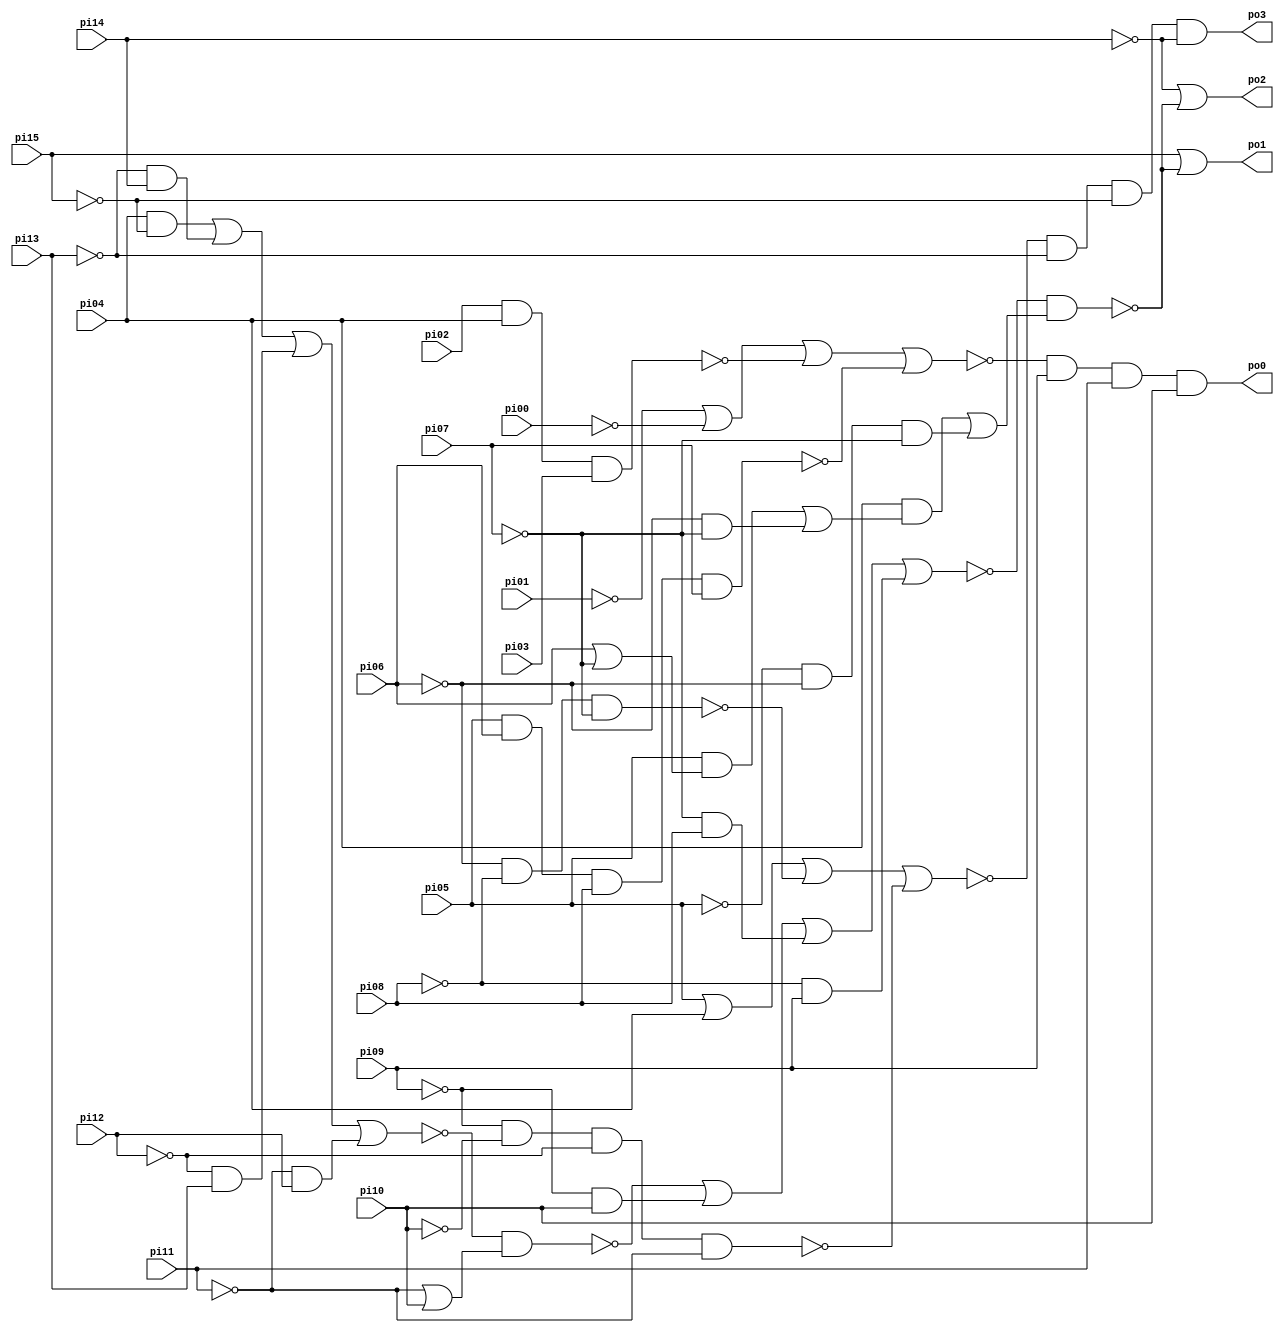
// Benchmark "cmb" written by ABC on Thu Mar 19 13:02:36 2020

module cmb ( 
    pi00, pi01, pi02, pi03, pi04, pi05, pi06, pi07, pi08, pi09, pi10, pi11,
    pi12, pi13, pi14, pi15,
    po0, po1, po2, po3  );
  input  pi00, pi01, pi02, pi03, pi04, pi05, pi06, pi07, pi08, pi09,
    pi10, pi11, pi12, pi13, pi14, pi15;
  output po0, po1, po2, po3;
  wire new_n25_, new_n26_, new_n27_, new_n28_, new_n29_, new_n30_, new_n31_,
    new_n32_, new_n33_, new_n34_;
  assign po0 = ~new_n28_ & pi09 & pi11 & pi10;
  assign po1 = pi15 | ~new_n25_;
  assign po2 = ~pi14 | ~new_n25_;
  assign po3 = ~new_n31_ & ~pi13 & ~pi15 & ~pi14;
  assign new_n25_ = ~new_n34_ & ((pi04 & ((pi05 & (pi06 | ~pi07)) | (~pi06 & ~pi07))) | (~pi05 & ~pi06 & ~pi07));
  assign new_n26_ = pi02 & pi04 & pi03;
  assign new_n27_ = pi05 & pi06 & pi08 & pi07;
  assign new_n28_ = ~pi01 | ~pi00 | ~new_n26_ | ~new_n27_;
  assign new_n29_ = ~pi06 & ~pi08 & ~pi07;
  assign new_n30_ = ~pi09 & ~pi10 & ~pi12 & ~pi11;
  assign new_n31_ = pi05 | pi04 | ~new_n29_ | ~new_n30_;
  assign new_n32_ = (pi04 & ~pi15) | (~pi13 & pi14) | (~pi12 & pi13) | (~pi11 & pi12);
  assign new_n33_ = ~new_n32_ & (~pi11 | pi10);
  assign new_n34_ = ~new_n33_ | (~pi09 & pi10) | (~pi07 & pi08) | (~pi08 & pi09);
endmodule